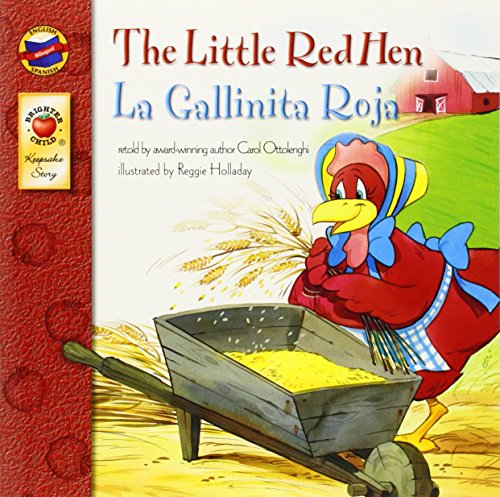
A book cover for The Little Red Hen, Grades PK - 3: La Gallinita Roja (Keepsake Stories); Carol Ottolenghi; Children's Books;